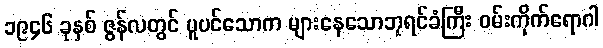
၁၉၄၆ ခုနှစ် ဇွန်လတွင် ပူပင်သောက များနေသောဘုရင်ခံကြီး ဝမ်းကိုက်ရောဂါ